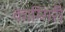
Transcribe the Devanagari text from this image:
काम्गिरी